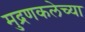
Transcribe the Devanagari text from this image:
मुद्रणकलेच्या